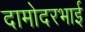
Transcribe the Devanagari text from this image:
दामोदरभाई